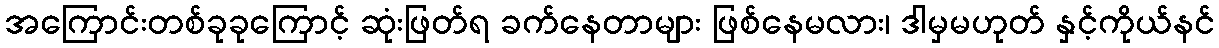
အကြောင်းတစ်ခုခုကြောင့် ဆုံးဖြတ်ရ ခက်နေတာများ ဖြစ်နေမလား၊ ဒါမှမဟုတ် နှင့်ကိုယ်နင်